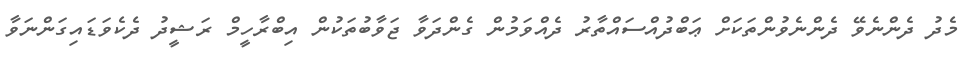
މެދު ދެންނެވޭ ދެންނެވުންތަކަށް ޢަބްދުއްސައްތާރު ދެއްވަމުން ގެންދަވާ ޖަވާބުތަކުން އިބްރާހީމް ރަޝީދު ދެކެވަޑައިގަންނަވާ